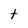
Character: t